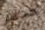
محفز